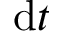
\mathrm { d } t